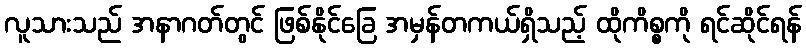
လူသားသည် အနာဂတ်တွင် ဖြစ်နိုင်ခြေ အမှန်တကယ်ရှိသည့် ထိုကိစ္စကို ရင်ဆိုင်ရန်